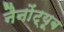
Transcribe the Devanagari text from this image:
नैनोंट्यूब